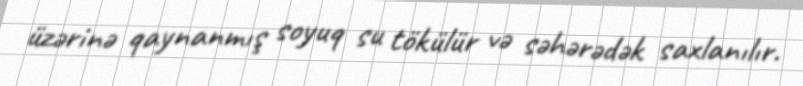
üzərinə qaynanmış soyuq su tökülür və səhərədək saxlanılır.